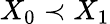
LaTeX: X_{0}\prec X_{1}